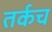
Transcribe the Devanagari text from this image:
तर्कच